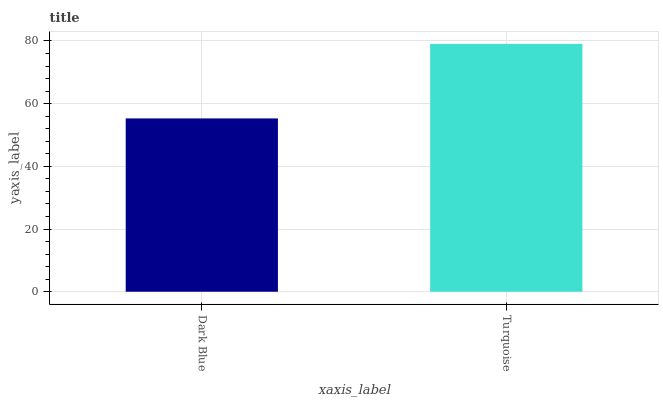
| xaxis_label | bars |
 | --- | --- |
 | Dark Blue | 55.3 |
 | Turquoise | 79.1 |